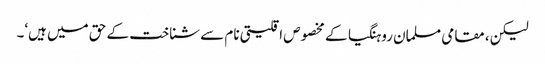
لیکن، مقامی مسلمان روہنگیا کے مخصوص اقلیتی نام سے شناخت کے حق میں ہیں‘۔